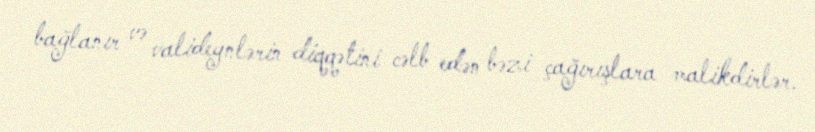
bağlanır və valideynlərin diqqətini cəlb edən bəzi çağırışlara malikdirlər.